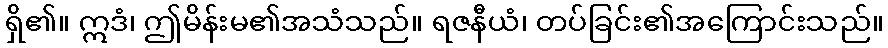
ရှိ၏။ ဣဒံ၊ ဤမိန်းမ၏အသံသည်။ ရဇနီယံ၊ တပ်ခြင်း၏အကြောင်းသည်။